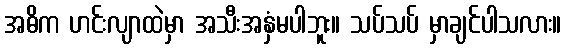
အဓိက ဟင်းလျာထဲမှာ အသီးအနှံမပါဘူး။ သပ်သပ် မှာချင်ပါသလား။